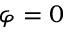
\varphi = 0